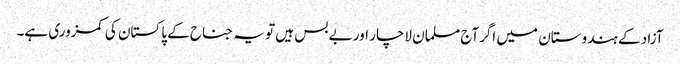
آزاد کے ہندوستان میں اگرآج مسلمان لاچار اور بے بس ہیں تو یہ جناح کے پاکستان کی کمزوری ہے۔